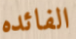
الفائده